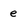
Character: e